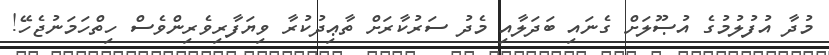
މުދާ އުފުލުމުގެ އުޞޫލަށް ގެނައި ބަދަލާއި މެދު ސަރުކާރަށް ތާޢިދުކުރާ ވިޔަފާރިވެރިންވެސް ހިތްހަމަނުޖެހޭ!